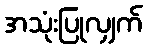
အသုံးပြုလျှက်